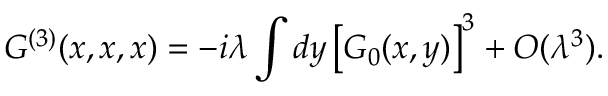
G ^ { ( 3 ) } ( x , x , x ) = - i \lambda \int d y \left[ G _ { 0 } ( x , y ) \right] ^ { 3 } + O ( \lambda ^ { 3 } ) .